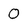
Character: 0